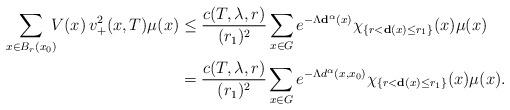
LaTeX: \begin{align*} \sum_{x\in B_r(x_0)}\!\!\!V(x)\,v^2_+(x,T)\mu(x) & \leq \frac{c(T,\lambda,r)}{(r_1)^2}\sum_{x\in G} e^{-\Lambda \mathbf{d}^\alpha(x)}\chi_{\{r< \mathbf{d}(x)\le r_1\}}(x)\mu(x) \\ & = \frac{c(T,\lambda,r)}{(r_1)^2}\sum_{x\in G} e^{-\Lambda d^\alpha(x,x_0)}\chi_{\{r< \mathbf{d}(x)\le r_1\}}(x)\mu(x). \end{align*}